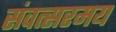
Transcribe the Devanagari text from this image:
संवत्सरमय